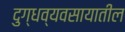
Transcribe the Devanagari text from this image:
दुग्धव्यवसायातील